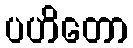
ပဟိတော